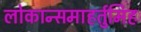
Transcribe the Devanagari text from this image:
लोकान्समाहर्तुमिह